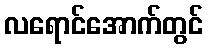
လရောင်အောက်တွင်